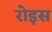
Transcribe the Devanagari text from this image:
रोइस